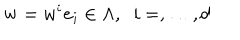
{ \bf w } = w ^ { i } { \bf e } _ { i } \in \Lambda , \; \; i = , \dots , d